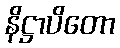
နိဋ္ဌာပိတော